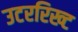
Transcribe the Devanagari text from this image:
उटररिख्ट